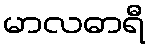
မာလဓာရီ